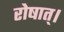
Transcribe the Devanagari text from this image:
रोषात्।